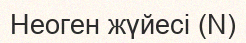
Неоген жүйесі (N)